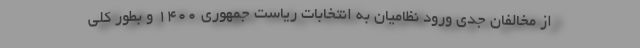
از مخالفان جدی ورود نظامیان به انتخابات ریاست جمهوری ۱۴۰۰ و بطور کلی